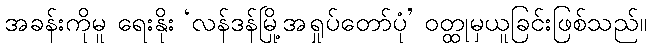
အခန်းကိုမူ ရေးနိုး ‘လန်ဒန်မြို့အရှုပ်တော်ပုံ’ ဝတ္ထုမှယူခြင်းဖြစ်သည်။